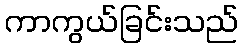
ကာကွယ်ခြင်းသည်